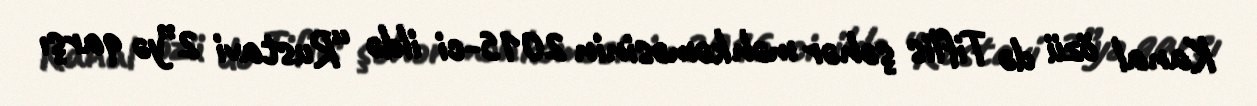
Kanal özü də Tiflis şəhər məhkəməsinin 2015-ci ildə “Rustavi 2”yə qarşı